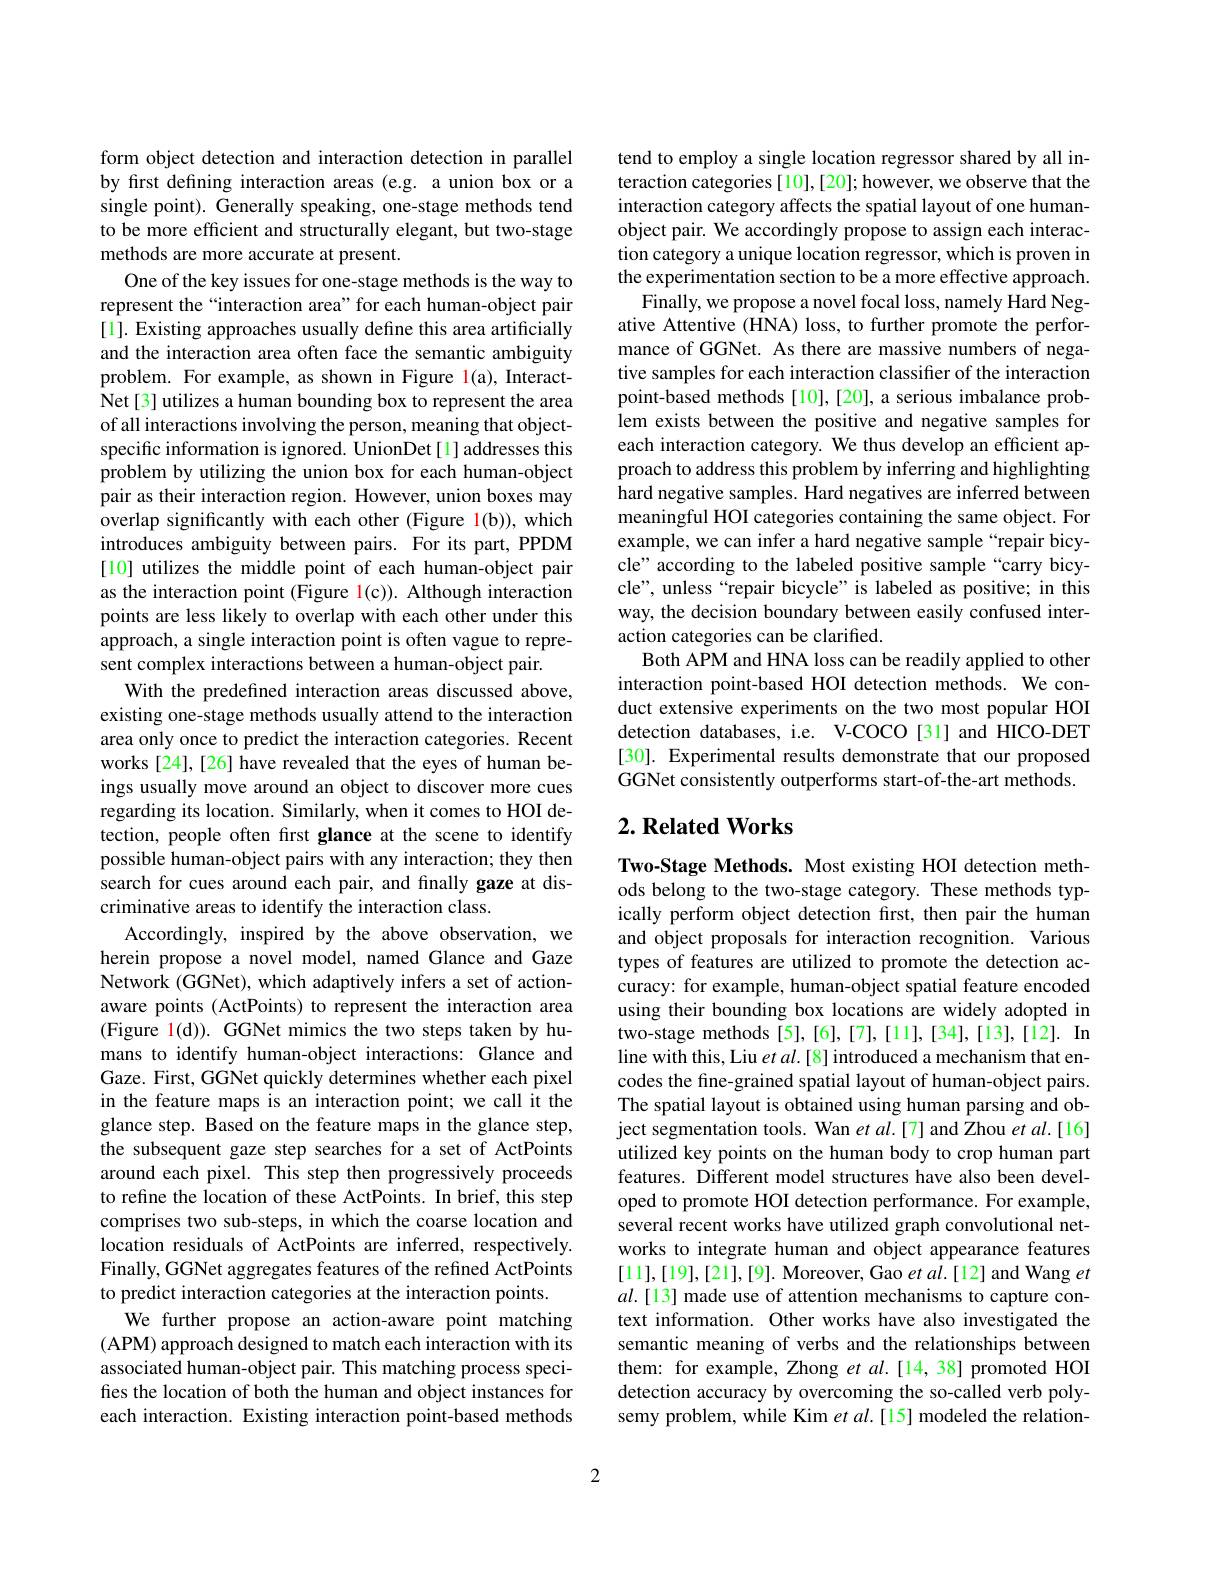
form object detection and interaction detection in parallel by first defining interaction areas (e.g. a union box or a single point). Generally speaking, one-stage methods tend to be more efficient and structurally elegant, but two-stage methods are more accurate at present.
One of the key issues for one-stage methods is the way to represent the“interaction area”for each human-object pair [1]. Existing approaches usually define this area artificially and the interaction area often face the semantic ambiguity problem. For example, as shown in Figure l(a), InteractNet[3] utilizes a human bounding box to represent the area of all interactions involving the person, meaning that objectspecific information is ignored. UnionDet[1] addresses this problem by utilizing the union box for each human-object pair as their interaction region. However, union boxes may overlap significantly with each other (Figure 1(b)), which introduces ambiguity between pairs. For its part, PPDM [10] utilizes the middle point of each human-object pair as the interaction point (Figure l(c)). Although interaction points are less likely to overlap with each other under this approach, a single interaction point is often vague to represent complex interactions between a human-object pair.
With the predefined interaction areas discussed above, existing one-stage methods usually attend to the interaction area only once to predict the interaction categories. Recent works[24],[26] have revealed that the eyes of human beings usually move around an object to discover more cues regarding its location. Similarly, when it comes to HOI detection, people often first glance at the scene to identify possible human-object pairs with any interaction; they then search for cues around each pair, and finally gaze at discriminative areas to identify the interaction class.
Accordingly, inspired by the above observation, we herein propose a novel model, named Glance and Gaze Network (GGNet), which adaptively infers a set of actionaware points (ActPoints) to represent the interaction area (Figure l(d)). GGNet mimics the two steps taken by humans to identify human-object interactions: Glance and Gaze. First, GGNet quickly determines whether each pixel in the feature maps is an interaction point; we call it the glance step. Based on the feature maps in the glance step, the subsequent gaze step searches for a set of ActPoints around each pixel. This step then progressively proceeds to refine the location of these ActPoints. In brief, this step comprises two sub-steps, in which the coarse location and location residuals of ActPoints are inferred, respectively. Finally, GGNet aggregates features of the refined ActPoints to predict interaction categories at the interaction points.
We further propose an action-aware point matching (APM) approach designed to match each interaction with its associated human-object pair. This matching process specifies the location of both the human and object instances for each interaction. Existing interaction point-based methods

tend to employ a single location regressor shared by all interaction categories[10],[20]; however, we observe that the interaction category affects the spatial layout of one humanobject pair. We accordingly propose to assign each interaction category a unique location regressor, which is proven in the experimentation section to be a more effective approach.
Finally, we propose a novel focal loss, namely Hard Negative Attentive (HNA) loss, to further promote the performance of GGNet. As there are massive numbers of negative samples for each interaction classifier of the interaction point-based methods [10],[20], a serious imbalance problem exists between the positive and negative samples for each interaction category. We thus develop an efficient approach to address this problem by inferring and highlighting $\hat{\text{hard negative samples. Hard negatives are inferred between}}$ meaningful HOI categories containing the same object. For example, we can infer a hard negative sample“repair bicycle" according to the labeled positive sample“carry bicycle", unless “repair bicycle” is labeled as positive; in this way, the decision boundary between easily confused interaction categories can be clarified.
Both APM and HNA loss can be readily applied to other interaction point-based HOI detection methods. We conduct extensive experiments on the two most popular HOI detection databases, i.e. V-COCO[31] and HICO-DET [30]. Experimental results demonstrate that our proposed GGNet consistently outperforms start-of-the-art methods.

## $2. \textbf{Related Works}$

Two-Stage Methods. Most existing HOI detection methods belong to the two-stage category. These methods typically perform object detection first, then pair the human and object proposals for interaction recognition. Various types of features are utilized to promote the detection accuracy: for example, human-object spatial feature encoded using their bounding box locations are widely adopted in two-stage methods [5],[6],[7],[11],[34],[13],[12]. In line with this, Liu et al. [8] introduced a mechanism that encodes the fine-grained spatial layout of human-object pairs. The spatial layout is obtained using human parsing and object segmentation tools. Wan et al.[7] and Zhou et al.[16] utilized key points on the human body to crop human part features. Different model structures have also been developed to promote HOI detection performance. For example, several recent works have utilized graph convolutional networks to integrate human and object appearance features [11],[19],[21],[9]. Moreover, Gao $etal.[12]$ and Wang $et$ $al.[13]$ made use of attention mechanisms to capture context information. Other works have also investigated the semantic meaning of verbs and the relationships between them: for example, Zhong $etal.[14,38]$ promoted HOI detection accuracy by overcoming the so-called verb polysemy problem, while Kim $etal.[15]$ modeled the relation-

2